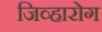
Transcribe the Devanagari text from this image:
जिव्हारोग